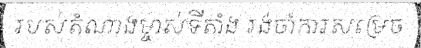
របស់តំណាងម្ចាស់ទីតាំង រង់ចាំការសម្រេច